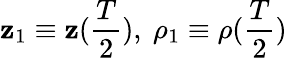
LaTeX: \mathbf{z}_{1}\equiv\mathbf{z}(\frac{{T}}{{2}}),\ \rho_{1}\equiv\rho(\frac{{T}}{{2}})